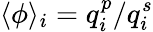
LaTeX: \langle\phi\rangle_{i}=q_{i}^{p}/q_{i}^{s}